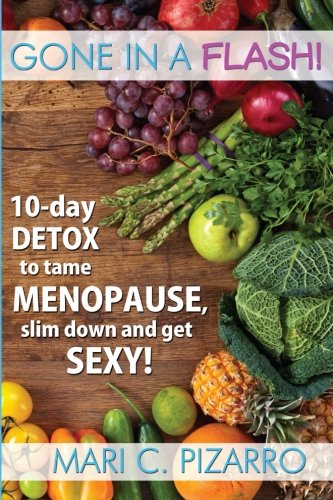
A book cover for Gone in a Flash!: 10-day Detox to Tame Menopause, Slim Down, and Get Sexy!; Mari Carmen Pizarro; Health, Fitness & Dieting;